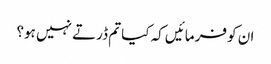
ان کو فرمائیں کہ کیا تم ڈرتے نہیں ہو؟